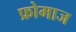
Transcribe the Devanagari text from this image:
फ्रोमाज